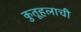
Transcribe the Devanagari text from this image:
कुतूहलाची